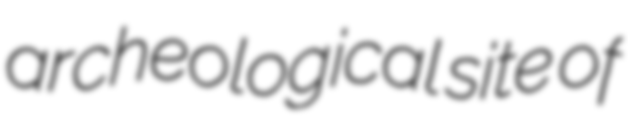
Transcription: archeological site of